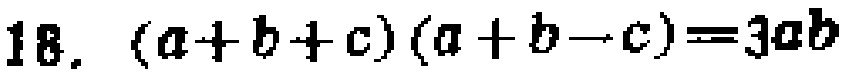
18. \((a + b + c)(a + b - c)=3ab\)